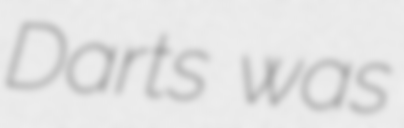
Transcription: Darts was